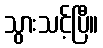
သွားသင့်ပြီ။